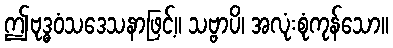
ဤဗုဒ္ဓဝံသဒေသနာဖြင့်။ သဗ္ဗာပိ၊ အလုံးစုံကုန်သော။